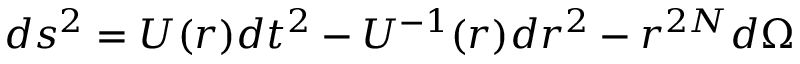
d s ^ { 2 } = U ( r ) d t ^ { 2 } - U ^ { - 1 } ( r ) d r ^ { 2 } - r ^ { 2 N } d \Omega